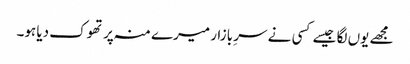
مجھے یوں لگا جیسے کسی نے سرِ بازار میرے منہ پر تھوک دیا ہو۔